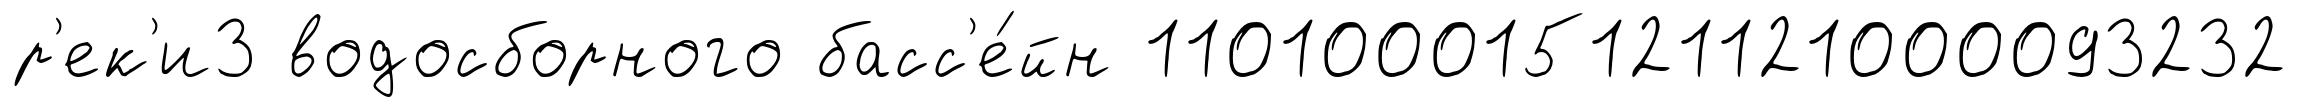
р'ек'и3 водосборного басс'е́йн 110100015121121000093232